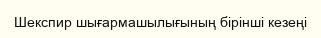
Шекспир шығармашылығының бірінші кезеңі